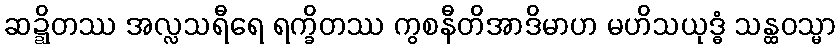
ဆဍ္ဍိတဿ အလ္လသရီရေ ရက္ခိတဿ ကွစနီတိအာဒိမာဟ မဟိသယုဒ္ဓံ သန္ထဝသ္မာ